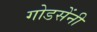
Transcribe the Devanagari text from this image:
गोडसेंनी